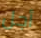
أجل